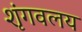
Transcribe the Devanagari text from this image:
शृंगवलय